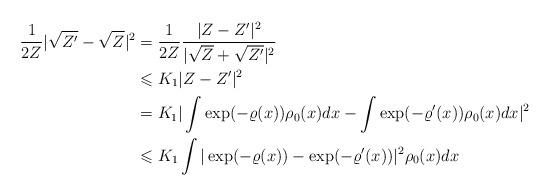
LaTeX: \begin{align*}\begin{aligned}\frac{1}{2Z}|\sqrt{Z'}-\sqrt{Z}|^2&=\frac{1}{2Z}\frac{|Z-Z'|^2}{|\sqrt{Z}+\sqrt{Z'}|^2}\\&\leqslant K_1|Z-Z'|^2\\&=K_1|\int\exp(-\varrho(x))\rho_0(x)dx- \int\exp(-\varrho'(x))\rho_0(x)dx|^2\\&\leqslant K_1\int|\exp(-\varrho(x))-\exp(-\varrho'(x))|^2\rho_0(x)dx\end{aligned}\end{align*}